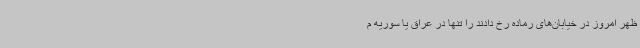
ظهر امروز در خیابان‌های رماده رخ دادند را تنها در عراق یا سوریه م